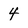
Character: 4